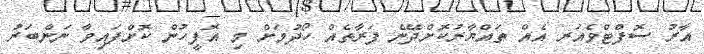
އާރު ސޮފްޓްވެއަރ އެއް ތައްޔާރުކޮށްދޭނެ ފަރާތެއް ހޯދުމަށް މި އޮފީހުން ކޮށްފައިވާ ނަންބަރު